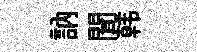
訥聞韩